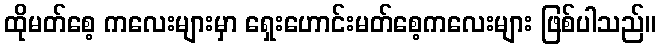
ထိုမတ်စေ့ ကလေးများမှာ ရှေးဟောင်းမတ်စေ့ကလေးများ ဖြစ်ပါသည်။